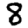
Digit: 8